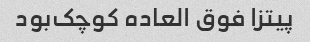
پیتزا فوق العاده کوچک‌بود